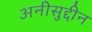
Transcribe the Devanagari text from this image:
अनीसुद्दीन